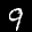
Label: 9